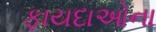
ફાયદાઓના